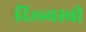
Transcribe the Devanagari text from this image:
दिल्चस्बी